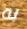
به